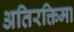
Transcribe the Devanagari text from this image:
अतिरक्तिमा